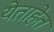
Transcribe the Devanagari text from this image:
येताहेत